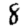
Digit: 8